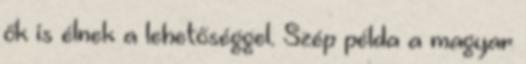
ők is élnek a lehetőséggel. Szép példa a magyar